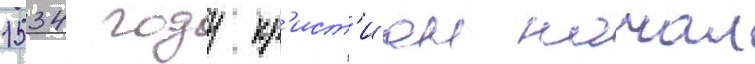
1534 году кр'ист'иан начал